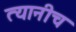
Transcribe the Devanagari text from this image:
त्यानीच